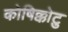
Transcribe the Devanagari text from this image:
कोषिक्कोटु